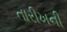
તારીખની